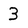
Character: 3